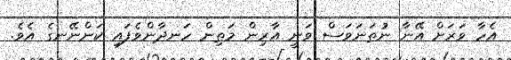
އެހާ ވަރަށް އޭނާ ނުތަނަވަސް ވަނީ އާރިން މަތިން ހަނދާންވެފައި ކަންނޭނގެ އެވެ.